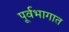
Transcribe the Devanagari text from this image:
पूर्वभागात